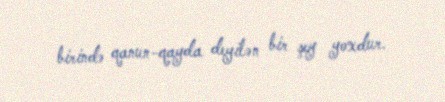
birində qanun-qayda deyilən bir şey yoxdur.